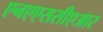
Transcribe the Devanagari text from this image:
एनएएससीएआर